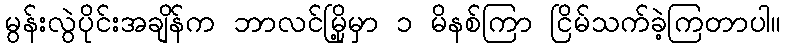
မွန်းလွဲပိုင်းအချိန်က ဘာလင်မြို့မှာ ၁ မိနစ်ကြာ ငြိမ်သက်ခဲ့ကြတာပါ။